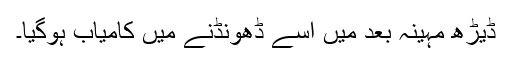
ڈیڑھ مہینہ بعد میں اسے ڈھونڈنے میں کامیاب ہوگیا۔